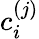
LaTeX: c_{i}^{(j)}